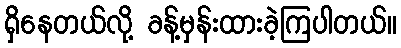
ရှိနေတယ်လို့ ခန့်မှန်းထားခဲ့ကြပါတယ်။